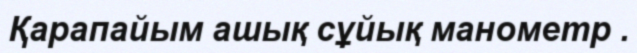
Қарапайым ашық сұйық манометр .